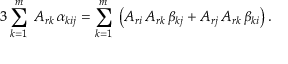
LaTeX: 3 \sum _ { k = 1 } ^ { m } \; A _ { r k } \, \alpha _ { k i j } = \sum _ { k = 1 } ^ { m } \; \left( A _ { r i } \, A _ { r k } \, \beta _ { k j } + A _ { r j } \, A _ { r k } \, \beta _ { k i } \right) .